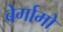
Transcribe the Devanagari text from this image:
बेर्गामो